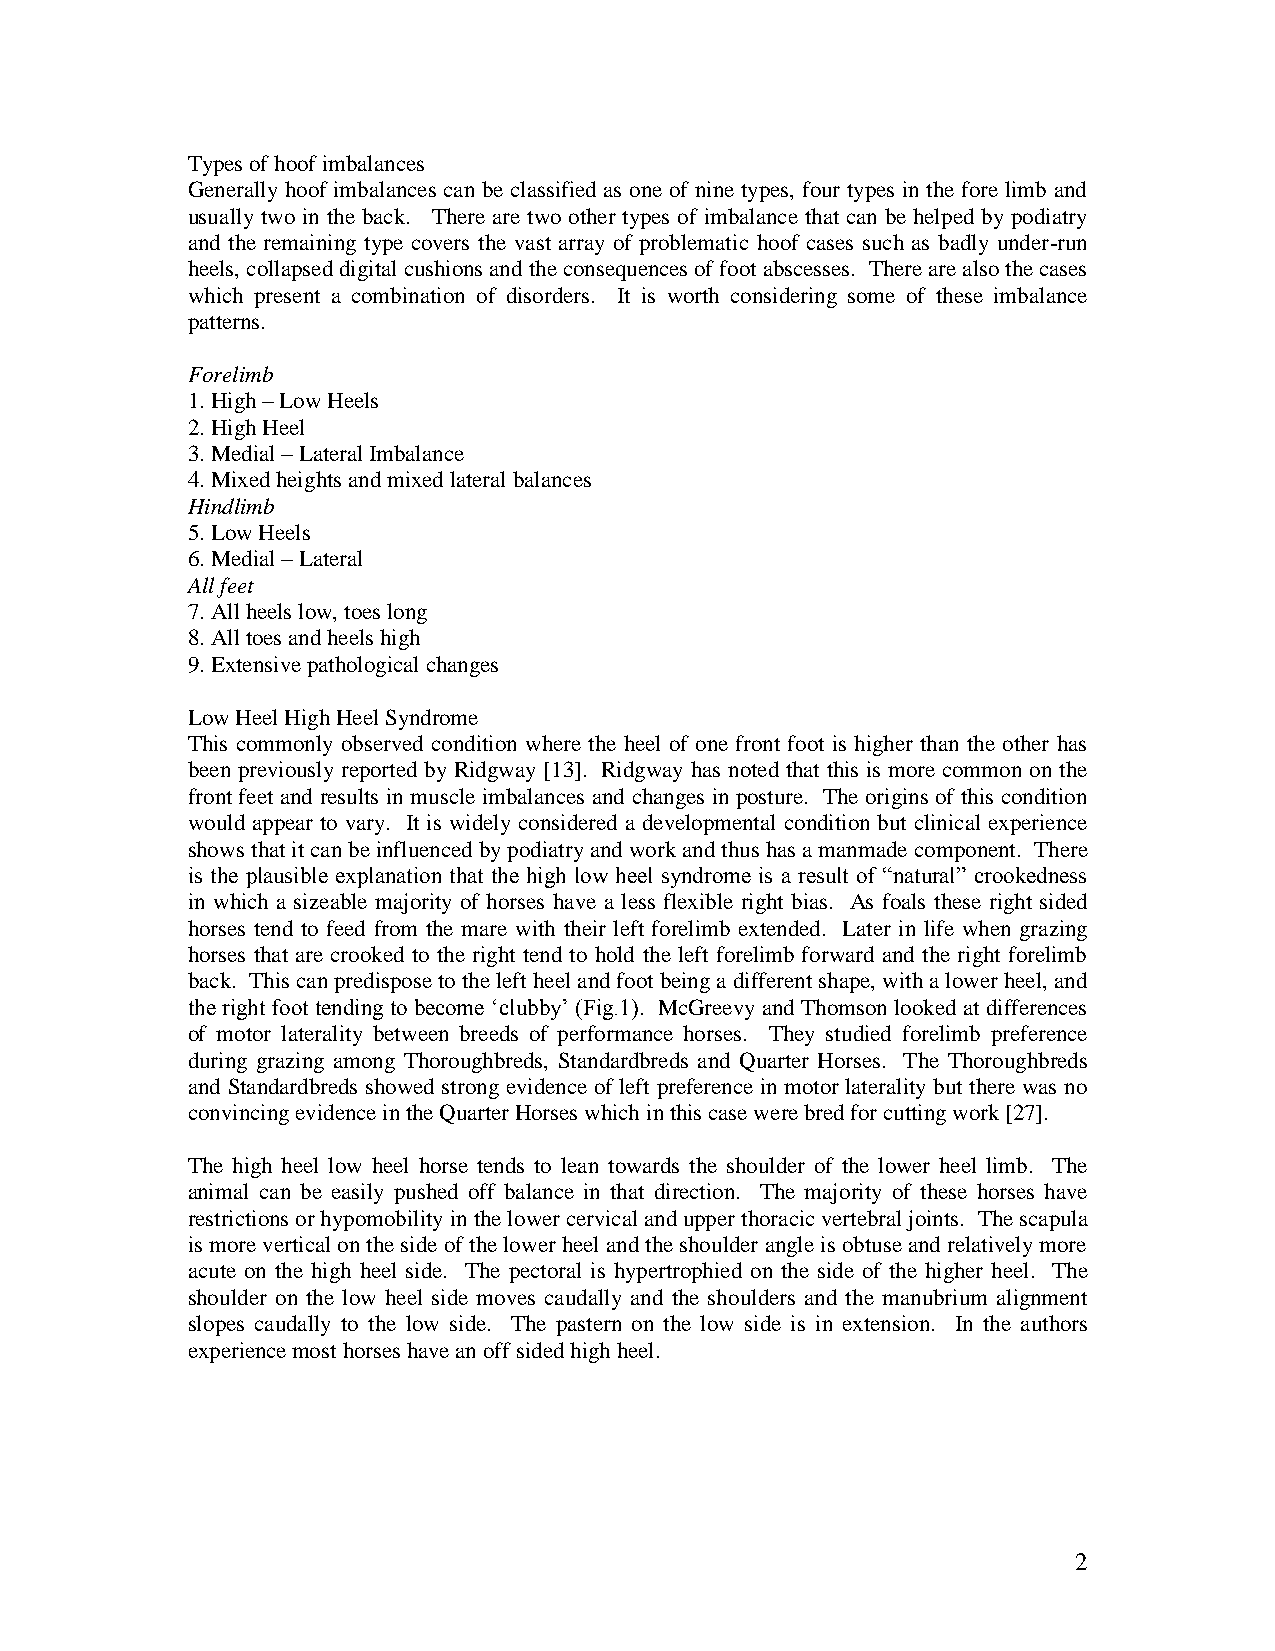
Types of hoof imbalances
 Generally hoof imbalances can be classified as one of nine types, four types in the fore limb and
 usually two in the back. There are two other types of imbalance that can be helped by podiatry
 and the remaining type covers the vast array of problematic hoof cases such as badly under-run
 heels, collapsed digital cushions and the consequences of foot abscesses. There are also the cases
 which present a combination of disorders. It is worth considering some of these imbalance
 patterns.
 Forelimb
 1. High – Low Heels
 2. High Heel
 3. Medial – Lateral Imbalance
 4. Mixed heights and mixed lateral balances
 Hindlimb
 5. Low Heels
 6. Medial – Lateral
 All feet
 7. All heels low, toes long
 8. All toes and heels high
 9. Extensive pathological changes
 Low Heel High Heel Syndrome
 This commonly observed condition where the heel of one front foot is higher than the other has
 been previously reported by Ridgway [13]. Ridgway has noted that this is more common on the
 front feet and results in muscle imbalances and changes in posture. The origins of this condition
 would appear to vary. It is widely considered a developmental condition but clinical experience
 shows that it can be influenced by podiatry and work and thus has a manmade component. There
 is the plausible explanation that the high low heel syndrome is a result of “natural” crookedness
 in which a sizeable majority of horses have a less flexible right bias. As foals these right sided
 horses tend to feed from the mare with their left forelimb extended. Later in life when grazing
 horses that are crooked to the right tend to hold the left forelimb forward and the right forelimb
 back. This can predispose to the left heel and foot being a different shape, with a lower heel, and
 the right foot tending to become ‘clubby’ (Fig.1). McGreevy and Thomson looked at differences
 of motor laterality between breeds of performance horses. They studied forelimb preference
 during grazing among Thoroughbreds, Standardbreds and Quarter Horses. The Thoroughbreds
 and Standardbreds showed strong evidence of left preference in motor laterality but there was no
 convincing evidence in the Quarter Horses which in this case were bred for cutting work [27].
 The high heel low heel horse tends to lean towards the shoulder of the lower heel limb. The
 animal can be easily pushed off balance in that direction. The majority of these horses have
 restrictions or hypomobility in the lower cervical and upper thoracic vertebral joints. The scapula
 is more vertical on the side of the lower heel and the shoulder angle is obtuse and relatively more
 acute on the high heel side. The pectoral is hypertrophied on the side of the higher heel. The
 shoulder on the low heel side moves caudally and the shoulders and the manubrium alignment
 slopes caudally to the low side. The pastern on the low side is in extension. In the authors
 experience most horses have an off sided high heel.
 2